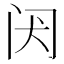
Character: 𬮝